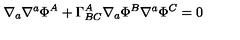
\nabla _ { a } \nabla ^ { a } \Phi ^ { A } + \Gamma _ { B C } ^ { A } \nabla _ { a } \Phi ^ { B } \nabla ^ { a } \Phi ^ { C } = 0